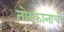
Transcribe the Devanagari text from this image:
तोस्कानाची